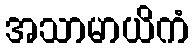
အသာမာယိကံ